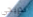
تدريجي